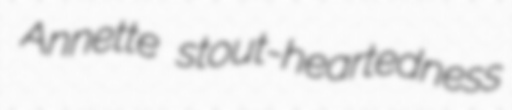
Annette stout-heartedness